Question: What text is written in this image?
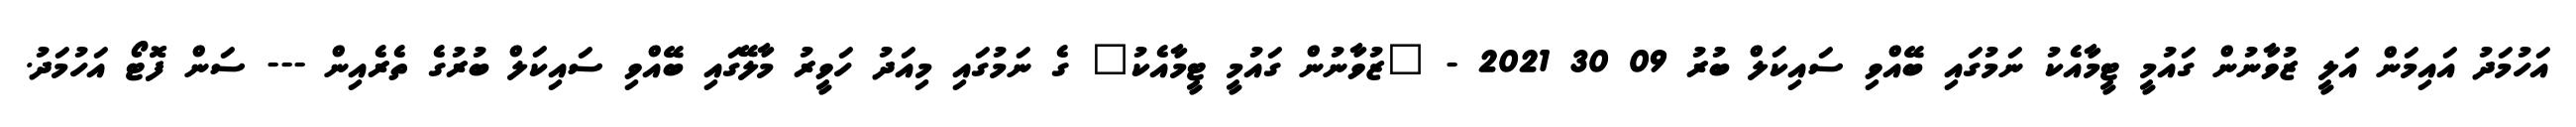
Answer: އަހުމަދު އައިމަން އަލީ ޒުވާނުން ގައުމީ ޓީމާއެކު ނަމުގައި ބޭއްވި ސައިކަލް ބުރު 09 30 2021 - "ޒުވާނުން ގައުމީ ޓީމާއެކު" ގެ ނަމުގައި މިއަދު ހަވީރު މާލޭގައި ބޭއްވި ސައިކަލް ބުރުގެ ތެރެއިން --- ސަން ފޮޓޯ އަހުމަދު.